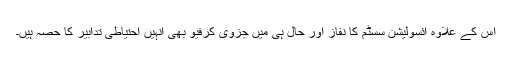
اس کے علاوہ آئسولیشن سسٹم کا نفاز اور حال ہی میں جزوی کرفیو بھی انہیں احتیاطی تدابیر کا حصہ ہیں۔